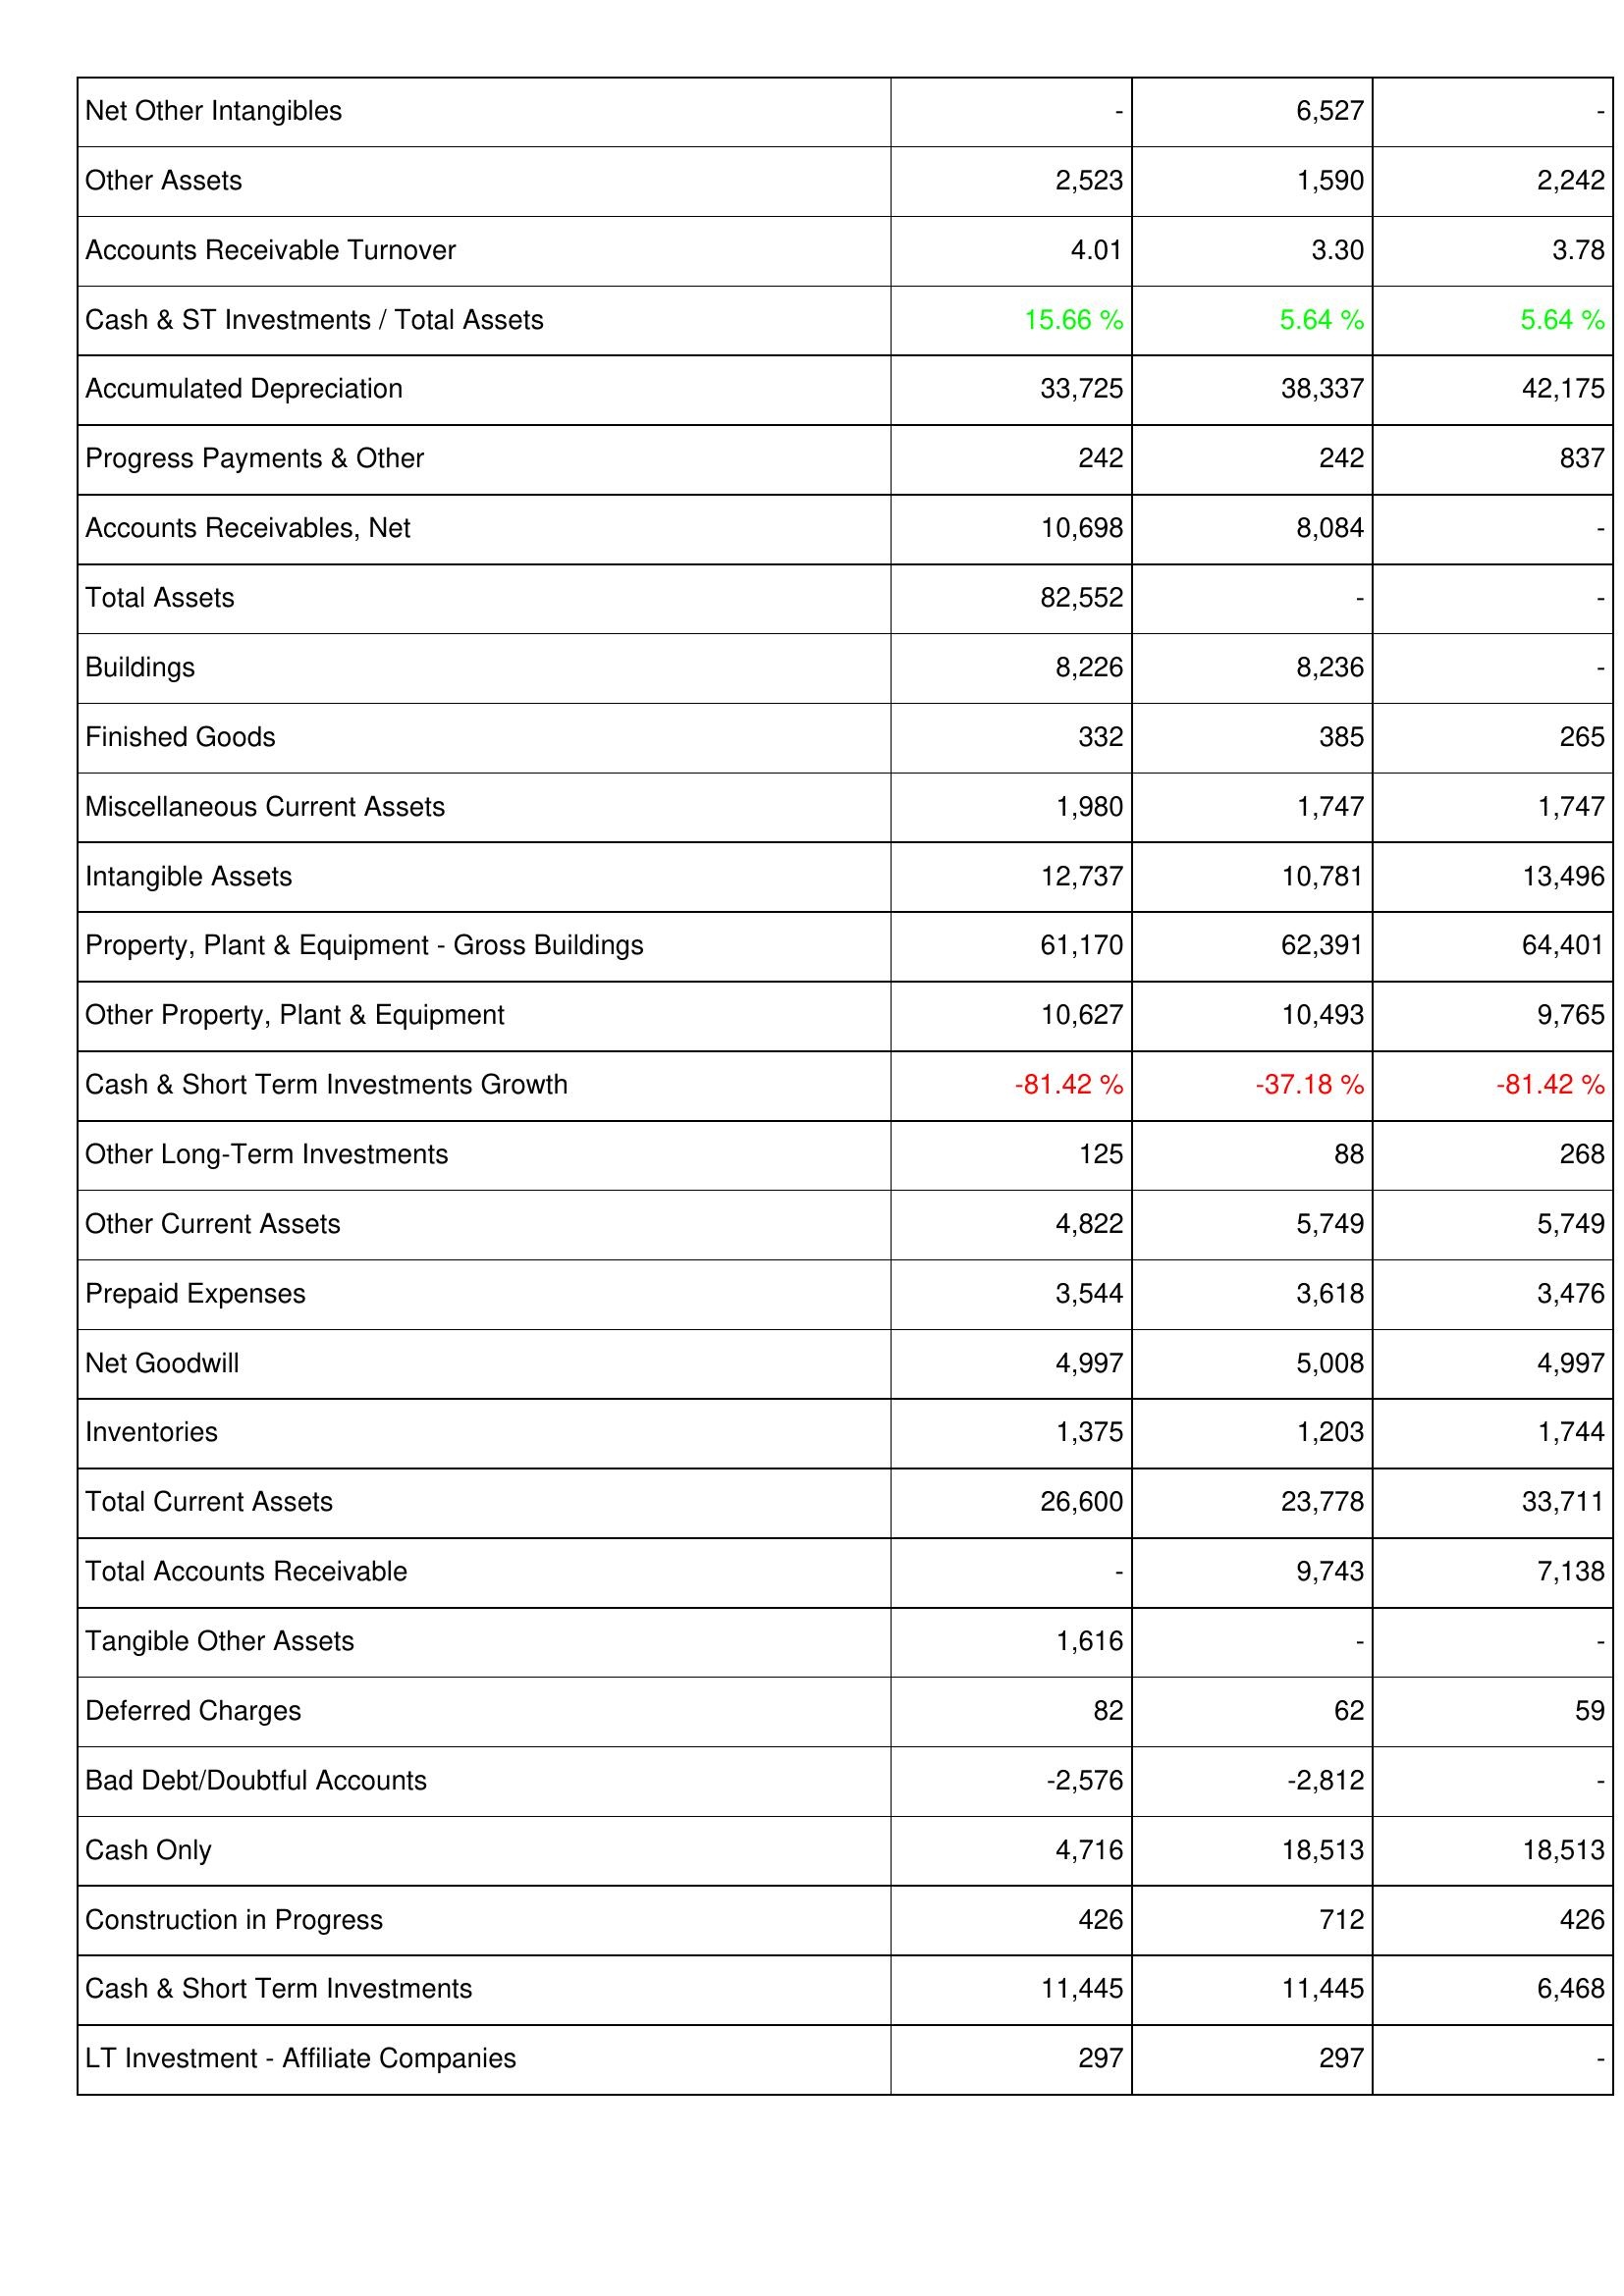
2008: Assets: Net Other Intangibles: -
Other Assets: 2,523
Accounts Receivable Turnover: 4.01
Cash & ST Investments / Total Assets: 15.66 %
Accumulated Depreciation: 33,725
Progress Payments & Other: 242
Accounts Receivables, Net: 10,698
Total Assets: 82,552
Buildings: 8,226
Finished Goods: 332
Miscellaneous Current Assets: 1,980
Intangible Assets: 12,737
Property, Plant & Equipment - Gross Buildings: 61,170
Other Property, Plant & Equipment: 10,627
Cash & Short Term Investments Growth: -81.42 %
Other Long-Term Investments: 125
Other Current Assets: 4,822
Prepaid Expenses: 3,544
Net Goodwill: 4,997
Inventories: 1,375
Total Current Assets: 26,600
Total Accounts Receivable: -
Tangible Other Assets: 1,616
Deferred Charges: 82
Bad Debt/Doubtful Accounts: -2,576
Cash Only: 4,716
Construction in Progress: 426
Cash & Short Term Investments: 11,445
LT Investment - Affiliate Companies: 297
2009: Assets: Net Other Intangibles: 6,527
Other Assets: 1,590
Accounts Receivable Turnover: 3.30
Cash & ST Investments / Total Assets: 5.64 %
Accumulated Depreciation: 38,337
Progress Payments & Other: 242
Accounts Receivables, Net: 8,084
Total Assets: -
Buildings: 8,236
Finished Goods: 385
Miscellaneous Current Assets: 1,747
Intangible Assets: 10,781
Property, Plant & Equipment - Gross Buildings: 62,391
Other Property, Plant & Equipment: 10,493
Cash & Short Term Investments Growth: -37.18 %
Other Long-Term Investments: 88
Other Current Assets: 5,749
Prepaid Expenses: 3,618
Net Goodwill: 5,008
Inventories: 1,203
Total Current Assets: 23,778
Total Accounts Receivable: 9,743
Tangible Other Assets: -
Deferred Charges: 62
Bad Debt/Doubtful Accounts: -2,812
Cash Only: 18,513
Construction in Progress: 712
Cash & Short Term Investments: 11,445
LT Investment - Affiliate Companies: 297
2010: Assets: Net Other Intangibles: -
Other Assets: 2,242
Accounts Receivable Turnover: 3.78
Cash & ST Investments / Total Assets: 5.64 %
Accumulated Depreciation: 42,175
Progress Payments & Other: 837
Accounts Receivables, Net: -
Total Assets: -
Buildings: -
Finished Goods: 265
Miscellaneous Current Assets: 1,747
Intangible Assets: 13,496
Property, Plant & Equipment - Gross Buildings: 64,401
Other Property, Plant & Equipment: 9,765
Cash & Short Term Investments Growth: -81.42 %
Other Long-Term Investments: 268
Other Current Assets: 5,749
Prepaid Expenses: 3,476
Net Goodwill: 4,997
Inventories: 1,744
Total Current Assets: 33,711
Total Accounts Receivable: 7,138
Tangible Other Assets: -
Deferred Charges: 59
Bad Debt/Doubtful Accounts: -
Cash Only: 18,513
Construction in Progress: 426
Cash & Short Term Investments: 6,468
LT Investment - Affiliate Companies: -